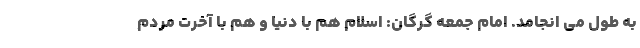
به طول می انجامد. امام جمعه گرگان: اسلام هم با دنیا و هم با آخرت مردم